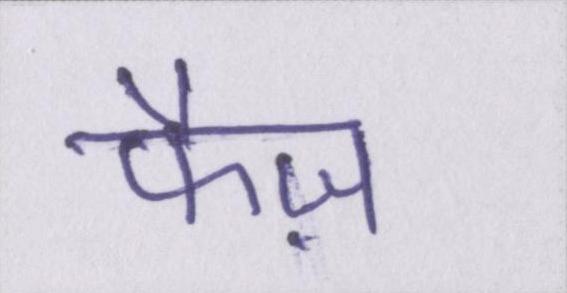
फैज़